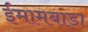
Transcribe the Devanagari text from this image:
ईमामबाड़ा